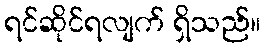
ရင်ဆိုင်ရလျက် ရှိသည်။